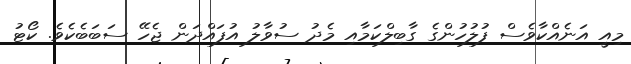
މިއީ އަނެއްކާވެސް ފުލުހުންގެ ގާބިލްކަމާއި މެދު ސުވާލު އުފައްދަން ޖެހޭ ސަބަބެކެވެ. ކޯޓު